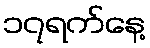
၁၇ရက်နေ့